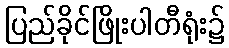
ပြည်ခိုင်ဖြိုးပါတီရုံး၌